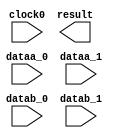
// megafunction wizard: %ALTMULT_ADD%VBB%
// GENERATION: STANDARD
// VERSION: WM1.0
// MODULE: ALTMULT_ADD 

// ============================================================
// Megafunction Name(s):
// 			ALTMULT_ADD
//
// Simulation Library Files(s):
// 			altera_mf
// ============================================================
// ************************************************************
// THIS IS A WIZARD-GENERATED FILE. DO NOT EDIT THIS FILE!
//
// 13.1.0 Build 162 10/23/2013 SJ Full Version
// ************************************************************

//Copyright (C) 1991-2013 Altera Corporation
//Your use of Altera Corporation's design tools, logic functions 
//and other software and tools, and its AMPP partner logic 
//functions, and any output files from any of the foregoing 
//(including device programming or simulation files), and any 
//associated documentation or information are expressly subject 
//to the terms and conditions of the Altera Program License 
//Subscription Agreement, Altera MegaCore Function License 
//Agreement, or other applicable license agreement, including, 
//without limitation, that your use is for the sole purpose of 
//programming logic devices manufactured by Altera and sold by 
//Altera or its authorized distributors.  Please refer to the 
//applicable agreement for further details.

module myaltmultadd (
	clock0,
	dataa_0,
	dataa_1,
	datab_0,
	datab_1,
	result);

	input	  clock0;
	input	[7:0]  dataa_0;
	input	[7:0]  dataa_1;
	input	[7:0]  datab_0;
	input	[7:0]  datab_1;
	output	[15:0]  result;
`ifndef ALTERA_RESERVED_QIS
// synopsys translate_off
`endif
	tri1	  clock0;
	tri0	[7:0]  dataa_0;
	tri0	[7:0]  dataa_1;
	tri0	[7:0]  datab_0;
	tri0	[7:0]  datab_1;
`ifndef ALTERA_RESERVED_QIS
// synopsys translate_on
`endif

endmodule

// ============================================================
// CNX file retrieval info
// ============================================================
// Retrieval info: PRIVATE: ADDNSUB1_ACLR_SRC NUMERIC "3"
// Retrieval info: PRIVATE: ADDNSUB1_CLK_SRC NUMERIC "0"
// Retrieval info: PRIVATE: ADDNSUB1_PIPE_ACLR_SRC NUMERIC "3"
// Retrieval info: PRIVATE: ADDNSUB1_PIPE_CLK_SRC NUMERIC "0"
// Retrieval info: PRIVATE: ADDNSUB1_PIPE_REG STRING "0"
// Retrieval info: PRIVATE: ADDNSUB1_REG STRING "0"
// Retrieval info: PRIVATE: ADDNSUB3_ACLR_SRC NUMERIC "3"
// Retrieval info: PRIVATE: ADDNSUB3_CLK_SRC NUMERIC "0"
// Retrieval info: PRIVATE: ADDNSUB3_PIPE_ACLR_SRC NUMERIC "3"
// Retrieval info: PRIVATE: ADDNSUB3_PIPE_CLK_SRC NUMERIC "0"
// Retrieval info: PRIVATE: ADDNSUB3_PIPE_REG STRING "0"
// Retrieval info: PRIVATE: ADDNSUB3_REG STRING "0"
// Retrieval info: PRIVATE: ADD_ENABLE NUMERIC "0"
// Retrieval info: PRIVATE: ALL_REG_ACLR NUMERIC "0"
// Retrieval info: PRIVATE: A_ACLR_SRC_MULT0 NUMERIC "3"
// Retrieval info: PRIVATE: A_CLK_SRC_MULT0 NUMERIC "0"
// Retrieval info: PRIVATE: B_ACLR_SRC_MULT0 NUMERIC "3"
// Retrieval info: PRIVATE: B_CLK_SRC_MULT0 NUMERIC "0"
// Retrieval info: PRIVATE: HAS_MAC STRING "0"
// Retrieval info: PRIVATE: HAS_SAT_ROUND STRING "0"
// Retrieval info: PRIVATE: IMPL_STYLE_DEDICATED NUMERIC "0"
// Retrieval info: PRIVATE: IMPL_STYLE_DEFAULT NUMERIC "1"
// Retrieval info: PRIVATE: IMPL_STYLE_LCELL NUMERIC "0"
// Retrieval info: PRIVATE: INTENDED_DEVICE_FAMILY STRING "Cyclone IV E"
// Retrieval info: PRIVATE: MULT_REGA0 NUMERIC "0"
// Retrieval info: PRIVATE: MULT_REGB0 NUMERIC "0"
// Retrieval info: PRIVATE: MULT_REGOUT0 NUMERIC "0"
// Retrieval info: PRIVATE: NUM_MULT STRING "2"
// Retrieval info: PRIVATE: OP1 STRING "Add"
// Retrieval info: PRIVATE: OP3 STRING "Add"
// Retrieval info: PRIVATE: OUTPUT_EXTRA_LAT NUMERIC "0"
// Retrieval info: PRIVATE: OUTPUT_REG_ACLR_SRC NUMERIC "3"
// Retrieval info: PRIVATE: OUTPUT_REG_CLK_SRC NUMERIC "0"
// Retrieval info: PRIVATE: Q_ACLR_SRC_MULT0 NUMERIC "3"
// Retrieval info: PRIVATE: Q_CLK_SRC_MULT0 NUMERIC "0"
// Retrieval info: PRIVATE: REG_OUT NUMERIC "1"
// Retrieval info: PRIVATE: RNFORMAT STRING "16"
// Retrieval info: PRIVATE: RQFORMAT STRING "Q1.15"
// Retrieval info: PRIVATE: RTS_WIDTH STRING "16"
// Retrieval info: PRIVATE: SAME_CONFIG NUMERIC "1"
// Retrieval info: PRIVATE: SAME_CONTROL_SRC_A0 NUMERIC "1"
// Retrieval info: PRIVATE: SAME_CONTROL_SRC_B0 NUMERIC "1"
// Retrieval info: PRIVATE: SCANOUTA NUMERIC "0"
// Retrieval info: PRIVATE: SCANOUTB NUMERIC "0"
// Retrieval info: PRIVATE: SHIFTOUTA_ACLR_SRC NUMERIC "3"
// Retrieval info: PRIVATE: SHIFTOUTA_CLK_SRC NUMERIC "0"
// Retrieval info: PRIVATE: SHIFTOUTA_REG STRING "0"
// Retrieval info: PRIVATE: SIGNA STRING "UNSIGNED"
// Retrieval info: PRIVATE: SIGNA_ACLR_SRC NUMERIC "3"
// Retrieval info: PRIVATE: SIGNA_CLK_SRC NUMERIC "0"
// Retrieval info: PRIVATE: SIGNA_PIPE_ACLR_SRC NUMERIC "3"
// Retrieval info: PRIVATE: SIGNA_PIPE_CLK_SRC NUMERIC "0"
// Retrieval info: PRIVATE: SIGNA_PIPE_REG STRING "0"
// Retrieval info: PRIVATE: SIGNA_REG STRING "0"
// Retrieval info: PRIVATE: SIGNB STRING "UNSIGNED"
// Retrieval info: PRIVATE: SIGNB_ACLR_SRC NUMERIC "3"
// Retrieval info: PRIVATE: SIGNB_CLK_SRC NUMERIC "0"
// Retrieval info: PRIVATE: SIGNB_PIPE_ACLR_SRC NUMERIC "3"
// Retrieval info: PRIVATE: SIGNB_PIPE_CLK_SRC NUMERIC "0"
// Retrieval info: PRIVATE: SIGNB_PIPE_REG STRING "0"
// Retrieval info: PRIVATE: SIGNB_REG STRING "0"
// Retrieval info: PRIVATE: SRCA0 STRING "Multiplier input"
// Retrieval info: PRIVATE: SRCB0 STRING "Multiplier input"
// Retrieval info: PRIVATE: SYNTH_WRAPPER_GEN_POSTFIX STRING "0"
// Retrieval info: PRIVATE: WIDTHA STRING "8"
// Retrieval info: PRIVATE: WIDTHB STRING "8"
// Retrieval info: LIBRARY: altera_mf altera_mf.altera_mf_components.all
// Retrieval info: CONSTANT: ADDNSUB_MULTIPLIER_PIPELINE_REGISTER1 STRING "UNREGISTERED"
// Retrieval info: CONSTANT: ADDNSUB_MULTIPLIER_REGISTER1 STRING "UNREGISTERED"
// Retrieval info: CONSTANT: DEDICATED_MULTIPLIER_CIRCUITRY STRING "AUTO"
// Retrieval info: CONSTANT: INPUT_REGISTER_A0 STRING "UNREGISTERED"
// Retrieval info: CONSTANT: INPUT_REGISTER_A1 STRING "UNREGISTERED"
// Retrieval info: CONSTANT: INPUT_REGISTER_B0 STRING "UNREGISTERED"
// Retrieval info: CONSTANT: INPUT_REGISTER_B1 STRING "UNREGISTERED"
// Retrieval info: CONSTANT: INPUT_SOURCE_A0 STRING "DATAA"
// Retrieval info: CONSTANT: INPUT_SOURCE_A1 STRING "DATAA"
// Retrieval info: CONSTANT: INPUT_SOURCE_B0 STRING "DATAB"
// Retrieval info: CONSTANT: INPUT_SOURCE_B1 STRING "DATAB"
// Retrieval info: CONSTANT: INTENDED_DEVICE_FAMILY STRING "Cyclone IV E"
// Retrieval info: CONSTANT: LPM_TYPE STRING "altmult_add"
// Retrieval info: CONSTANT: MULTIPLIER1_DIRECTION STRING "ADD"
// Retrieval info: CONSTANT: MULTIPLIER_REGISTER0 STRING "UNREGISTERED"
// Retrieval info: CONSTANT: MULTIPLIER_REGISTER1 STRING "UNREGISTERED"
// Retrieval info: CONSTANT: NUMBER_OF_MULTIPLIERS NUMERIC "2"
// Retrieval info: CONSTANT: OUTPUT_ACLR STRING "UNUSED"
// Retrieval info: CONSTANT: OUTPUT_REGISTER STRING "CLOCK0"
// Retrieval info: CONSTANT: PORT_ADDNSUB1 STRING "PORT_UNUSED"
// Retrieval info: CONSTANT: PORT_SIGNA STRING "PORT_UNUSED"
// Retrieval info: CONSTANT: PORT_SIGNB STRING "PORT_UNUSED"
// Retrieval info: CONSTANT: REPRESENTATION_A STRING "UNSIGNED"
// Retrieval info: CONSTANT: REPRESENTATION_B STRING "UNSIGNED"
// Retrieval info: CONSTANT: SIGNED_PIPELINE_REGISTER_A STRING "UNREGISTERED"
// Retrieval info: CONSTANT: SIGNED_PIPELINE_REGISTER_B STRING "UNREGISTERED"
// Retrieval info: CONSTANT: SIGNED_REGISTER_A STRING "UNREGISTERED"
// Retrieval info: CONSTANT: SIGNED_REGISTER_B STRING "UNREGISTERED"
// Retrieval info: CONSTANT: WIDTH_A NUMERIC "8"
// Retrieval info: CONSTANT: WIDTH_B NUMERIC "8"
// Retrieval info: CONSTANT: WIDTH_RESULT NUMERIC "16"
// Retrieval info: USED_PORT: clock0 0 0 0 0 INPUT VCC "clock0"
// Retrieval info: USED_PORT: dataa_0 0 0 8 0 INPUT GND "dataa_0[7..0]"
// Retrieval info: USED_PORT: dataa_1 0 0 8 0 INPUT GND "dataa_1[7..0]"
// Retrieval info: USED_PORT: datab_0 0 0 8 0 INPUT GND "datab_0[7..0]"
// Retrieval info: USED_PORT: datab_1 0 0 8 0 INPUT GND "datab_1[7..0]"
// Retrieval info: USED_PORT: result 0 0 16 0 OUTPUT GND "result[15..0]"
// Retrieval info: CONNECT: @clock0 0 0 0 0 clock0 0 0 0 0
// Retrieval info: CONNECT: @dataa 0 0 8 0 dataa_0 0 0 8 0
// Retrieval info: CONNECT: @dataa 0 0 8 8 dataa_1 0 0 8 0
// Retrieval info: CONNECT: @datab 0 0 8 0 datab_0 0 0 8 0
// Retrieval info: CONNECT: @datab 0 0 8 8 datab_1 0 0 8 0
// Retrieval info: CONNECT: result 0 0 16 0 @result 0 0 16 0
// Retrieval info: GEN_FILE: TYPE_NORMAL myaltmultadd.v TRUE
// Retrieval info: GEN_FILE: TYPE_NORMAL myaltmultadd.inc FALSE
// Retrieval info: GEN_FILE: TYPE_NORMAL myaltmultadd.cmp FALSE
// Retrieval info: GEN_FILE: TYPE_NORMAL myaltmultadd.bsf TRUE FALSE
// Retrieval info: GEN_FILE: TYPE_NORMAL myaltmultadd_inst.v FALSE
// Retrieval info: GEN_FILE: TYPE_NORMAL myaltmultadd_bb.v TRUE
// Retrieval info: LIB_FILE: altera_mf